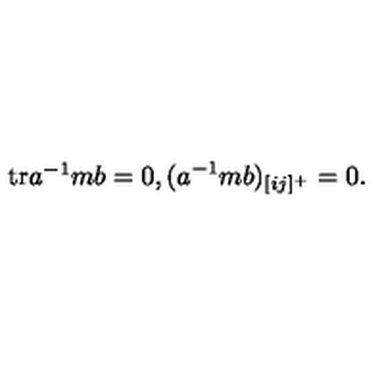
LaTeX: \begin{matrix} { \mathrm { t r } a ^ { - 1 } m b = 0 , } & { ( a ^ { - 1 } m b ) _ { [ i j ] ^ { + } } = 0 . } \\ \end{matrix}